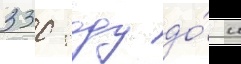
330 году до́ н